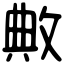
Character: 敟